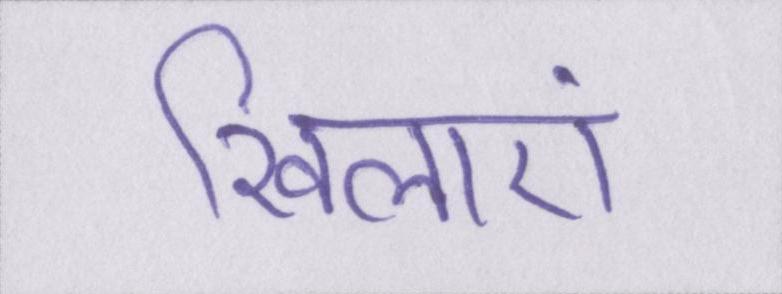
खिलाएं